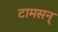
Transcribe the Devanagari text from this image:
टामसन्